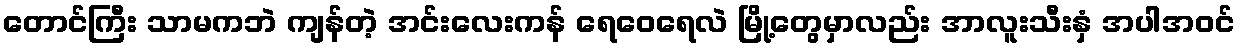
တောင်ကြီး သာမကဘဲ ကျန်တဲ့ အင်းလေးကန် ရေဝေရေလဲ မြို့တွေမှာလည်း အာလူးသီးနှံ အပါအဝင်